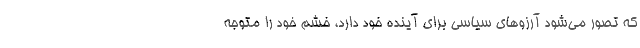
که تصور می‌شود آرزوهای سیاسی برای آینده خود دارد، خشم خود را متوجه